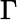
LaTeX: \Gamma\,